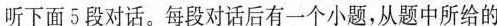
听下面5段对话。每段对话后有一个小题,从题中所给的